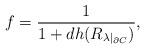
LaTeX: \begin{align*}f = \frac{1}{1+dh(R_{\lambda|_{\partial C}})},\end{align*}